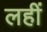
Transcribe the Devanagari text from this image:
लहीं